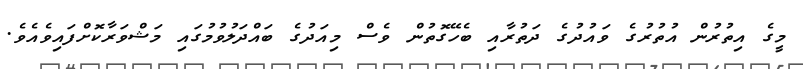
މީގެ އިތުރުން އުތުރުގެ ވައުދުގެ ދަތުރާއި ބެހޭގޮތުން ވެސް މިއަދުގެ ބައްދަލުވުމުގައި މަޝްވަރާކޮށްފައިވެއެވެ.